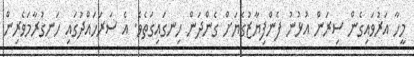
މީހާ އަރުވައިގެން ސިރަން އުޅުނު ފެންފިޔާޒުގެޔަށް ގެންދަން ހިނގައިގަތެވެ. އެ ސަރަހައްދުގައި ހަނގުރާމަވެރިން